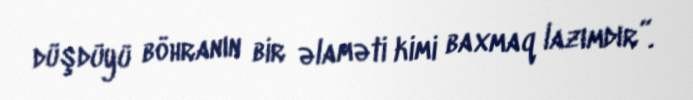
düşdüyü böhranın bir əlaməti kimi baxmaq lazımdır”.